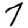
Digit: 7